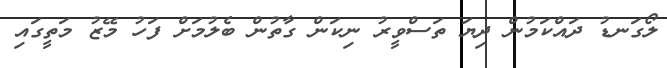
ލޯގަނޑު ދައްކަމުން ދިޔަ ތަސްވީރު ނިކަން ގާތުން ބެލުމަށް ފަހު މޭޒު މަތީގައި